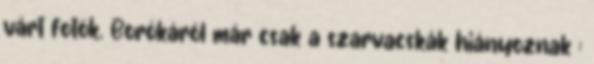
várt fotók. Borókáról már csak a szarvacskák hiányoznak :